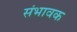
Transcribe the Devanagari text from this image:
संभावक